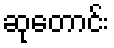
ဆုတောင်း